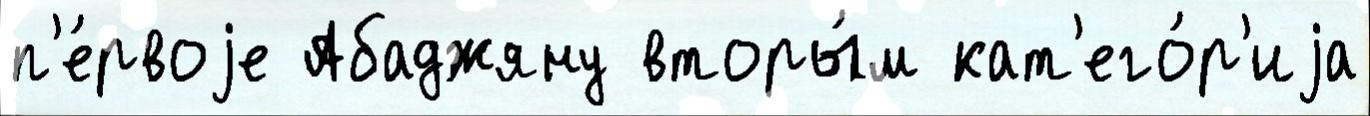
п'е́рвоjе Абаджяну вторы́м кат'его́р'иjа